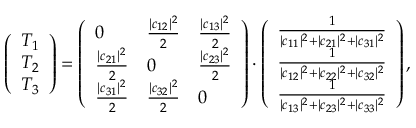
\left( \begin{array} { l } { T _ { 1 } } \\ { T _ { 2 } } \\ { T _ { 3 } } \end{array} \right) = \left( \begin{array} { l l l } { 0 } & { \frac { | c _ { 1 2 } | ^ { 2 } } { 2 } } & { \frac { | c _ { 1 3 } | ^ { 2 } } { 2 } } \\ { \frac { | c _ { 2 1 } | ^ { 2 } } { 2 } } & { 0 } & { \frac { | c _ { 2 3 } | ^ { 2 } } { 2 } } \\ { \frac { | c _ { 3 1 } | ^ { 2 } } { 2 } } & { \frac { | c _ { 3 2 } | ^ { 2 } } { 2 } } & { 0 } \end{array} \right) \cdot \left( \begin{array} { l } { \frac { 1 } { | c _ { 1 1 } | ^ { 2 } + | c _ { 2 1 } | ^ { 2 } + | c _ { 3 1 } | ^ { 2 } } } \\ { \frac { 1 } { | c _ { 1 2 } | ^ { 2 } + | c _ { 2 2 } | ^ { 2 } + | c _ { 3 2 } | ^ { 2 } } } \\ { \frac { 1 } { | c _ { 1 3 } | ^ { 2 } + | c _ { 2 3 } | ^ { 2 } + | c _ { 3 3 } | ^ { 2 } } } \end{array} \right) ,